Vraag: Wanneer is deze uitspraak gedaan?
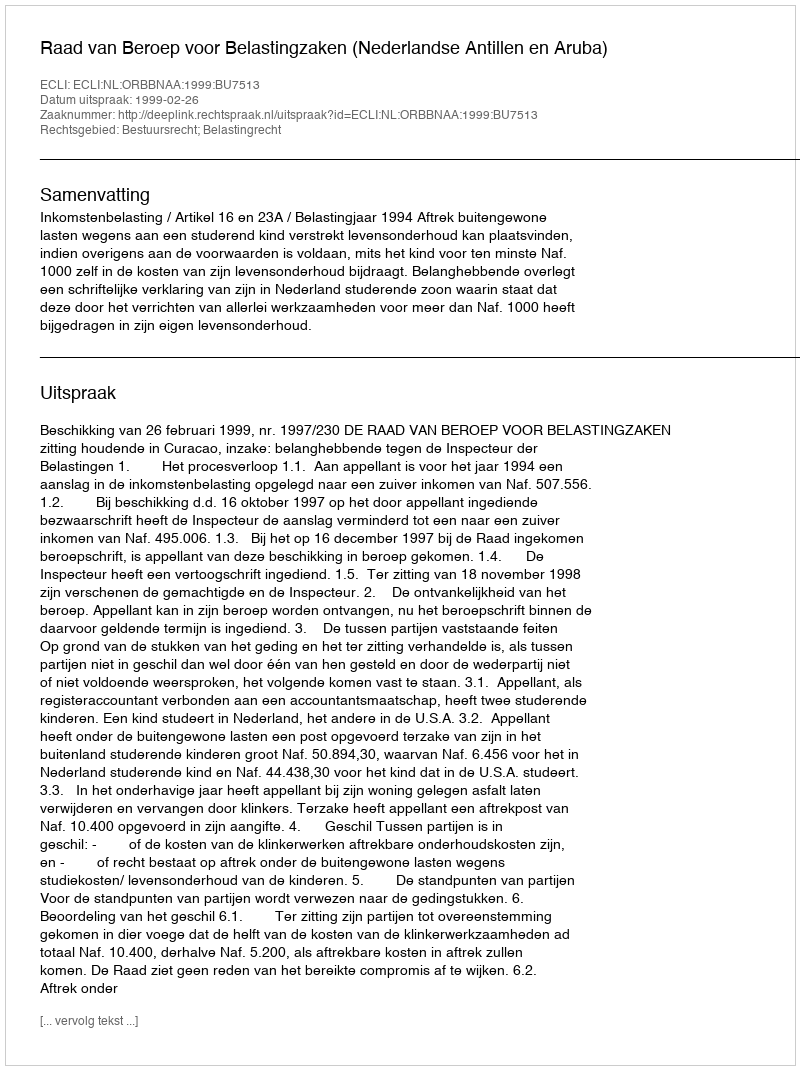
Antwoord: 1999-02-26